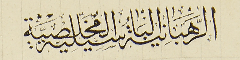
الرهبانية الباسيلية المخلصية